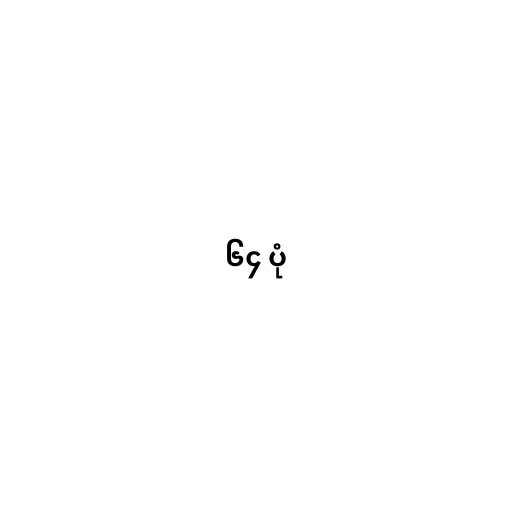
၆၄ ပုံ